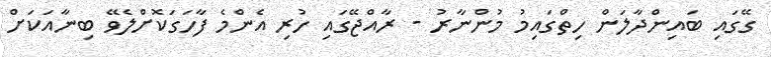
ގޭގައި ބައިންދާލަން ހިތްގައިމު މުންނާރު - ރާއްޖޭގައި ހުރި އެންމެ ފާހަގަކޮށްލެވޭ ބިނާއަކަށް